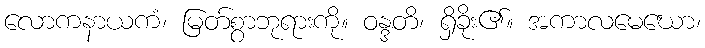
လောကနာယကံ၊ မြတ်စွာဘုရားကို။ ဝန္ဒတိ၊ ရှိခိုး၏။ အကာလမေဃော၊